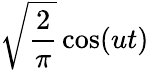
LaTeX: {\sqrt{\frac{2}{\pi}}}\cos(ut)